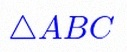
\triangle ABC